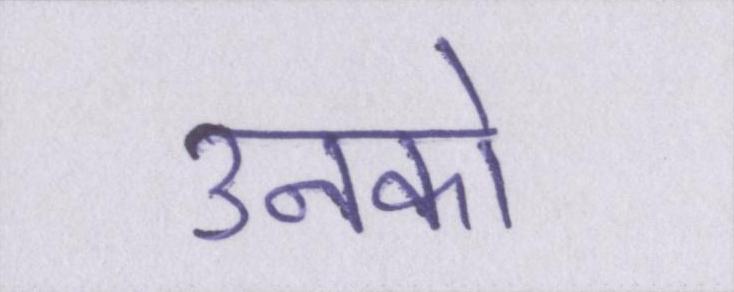
उनको